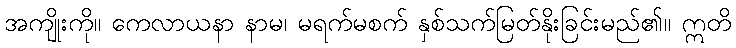
အကျိုးကို။ ကေလာယနာ နာမ၊ မရက်မစက် နှစ်သက်မြတ်နိုးခြင်းမည်၏။ ဣတိ